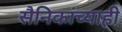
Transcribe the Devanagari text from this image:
सैनिकांच्याही